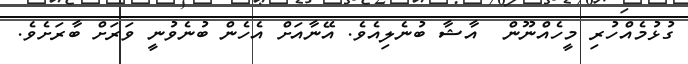
ގުޅުމެއްހުރި މީހެއްނޫން  އާޝާ ބުނެލިއެވެ. އޭނާއަށް އެހެން ބުނެވުނީ ވަރަށް ބާރަށެވެ.